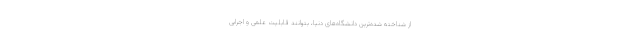
از شناخته شده‌ترین دانشگاه‌های دنیا، بتوانند قابلیت علمی و اجرایی